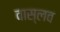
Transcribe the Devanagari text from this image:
वास्लव